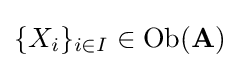
\{X_{i}\}_{i\in I}\in {\text{Ob}}(\mathbf {A} )